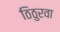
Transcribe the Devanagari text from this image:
ठिठुरवा